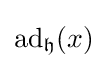
\operatorname {ad} _{\mathfrak {h}}(x)